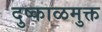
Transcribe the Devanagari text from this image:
दुष्काळमुक्त